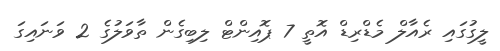
ލީގުގައި ރެއާލް މެޑްރިޑް އޮތީ 7 ޕޮއިންޓް ލިބިގެން ތާވަލުގެ 2 ވަނައިގަ